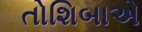
તોશિબાએ